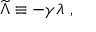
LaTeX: { \widetilde \Lambda } \equiv - \gamma \lambda ~ ,